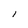
Character: l